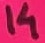
Text: 14